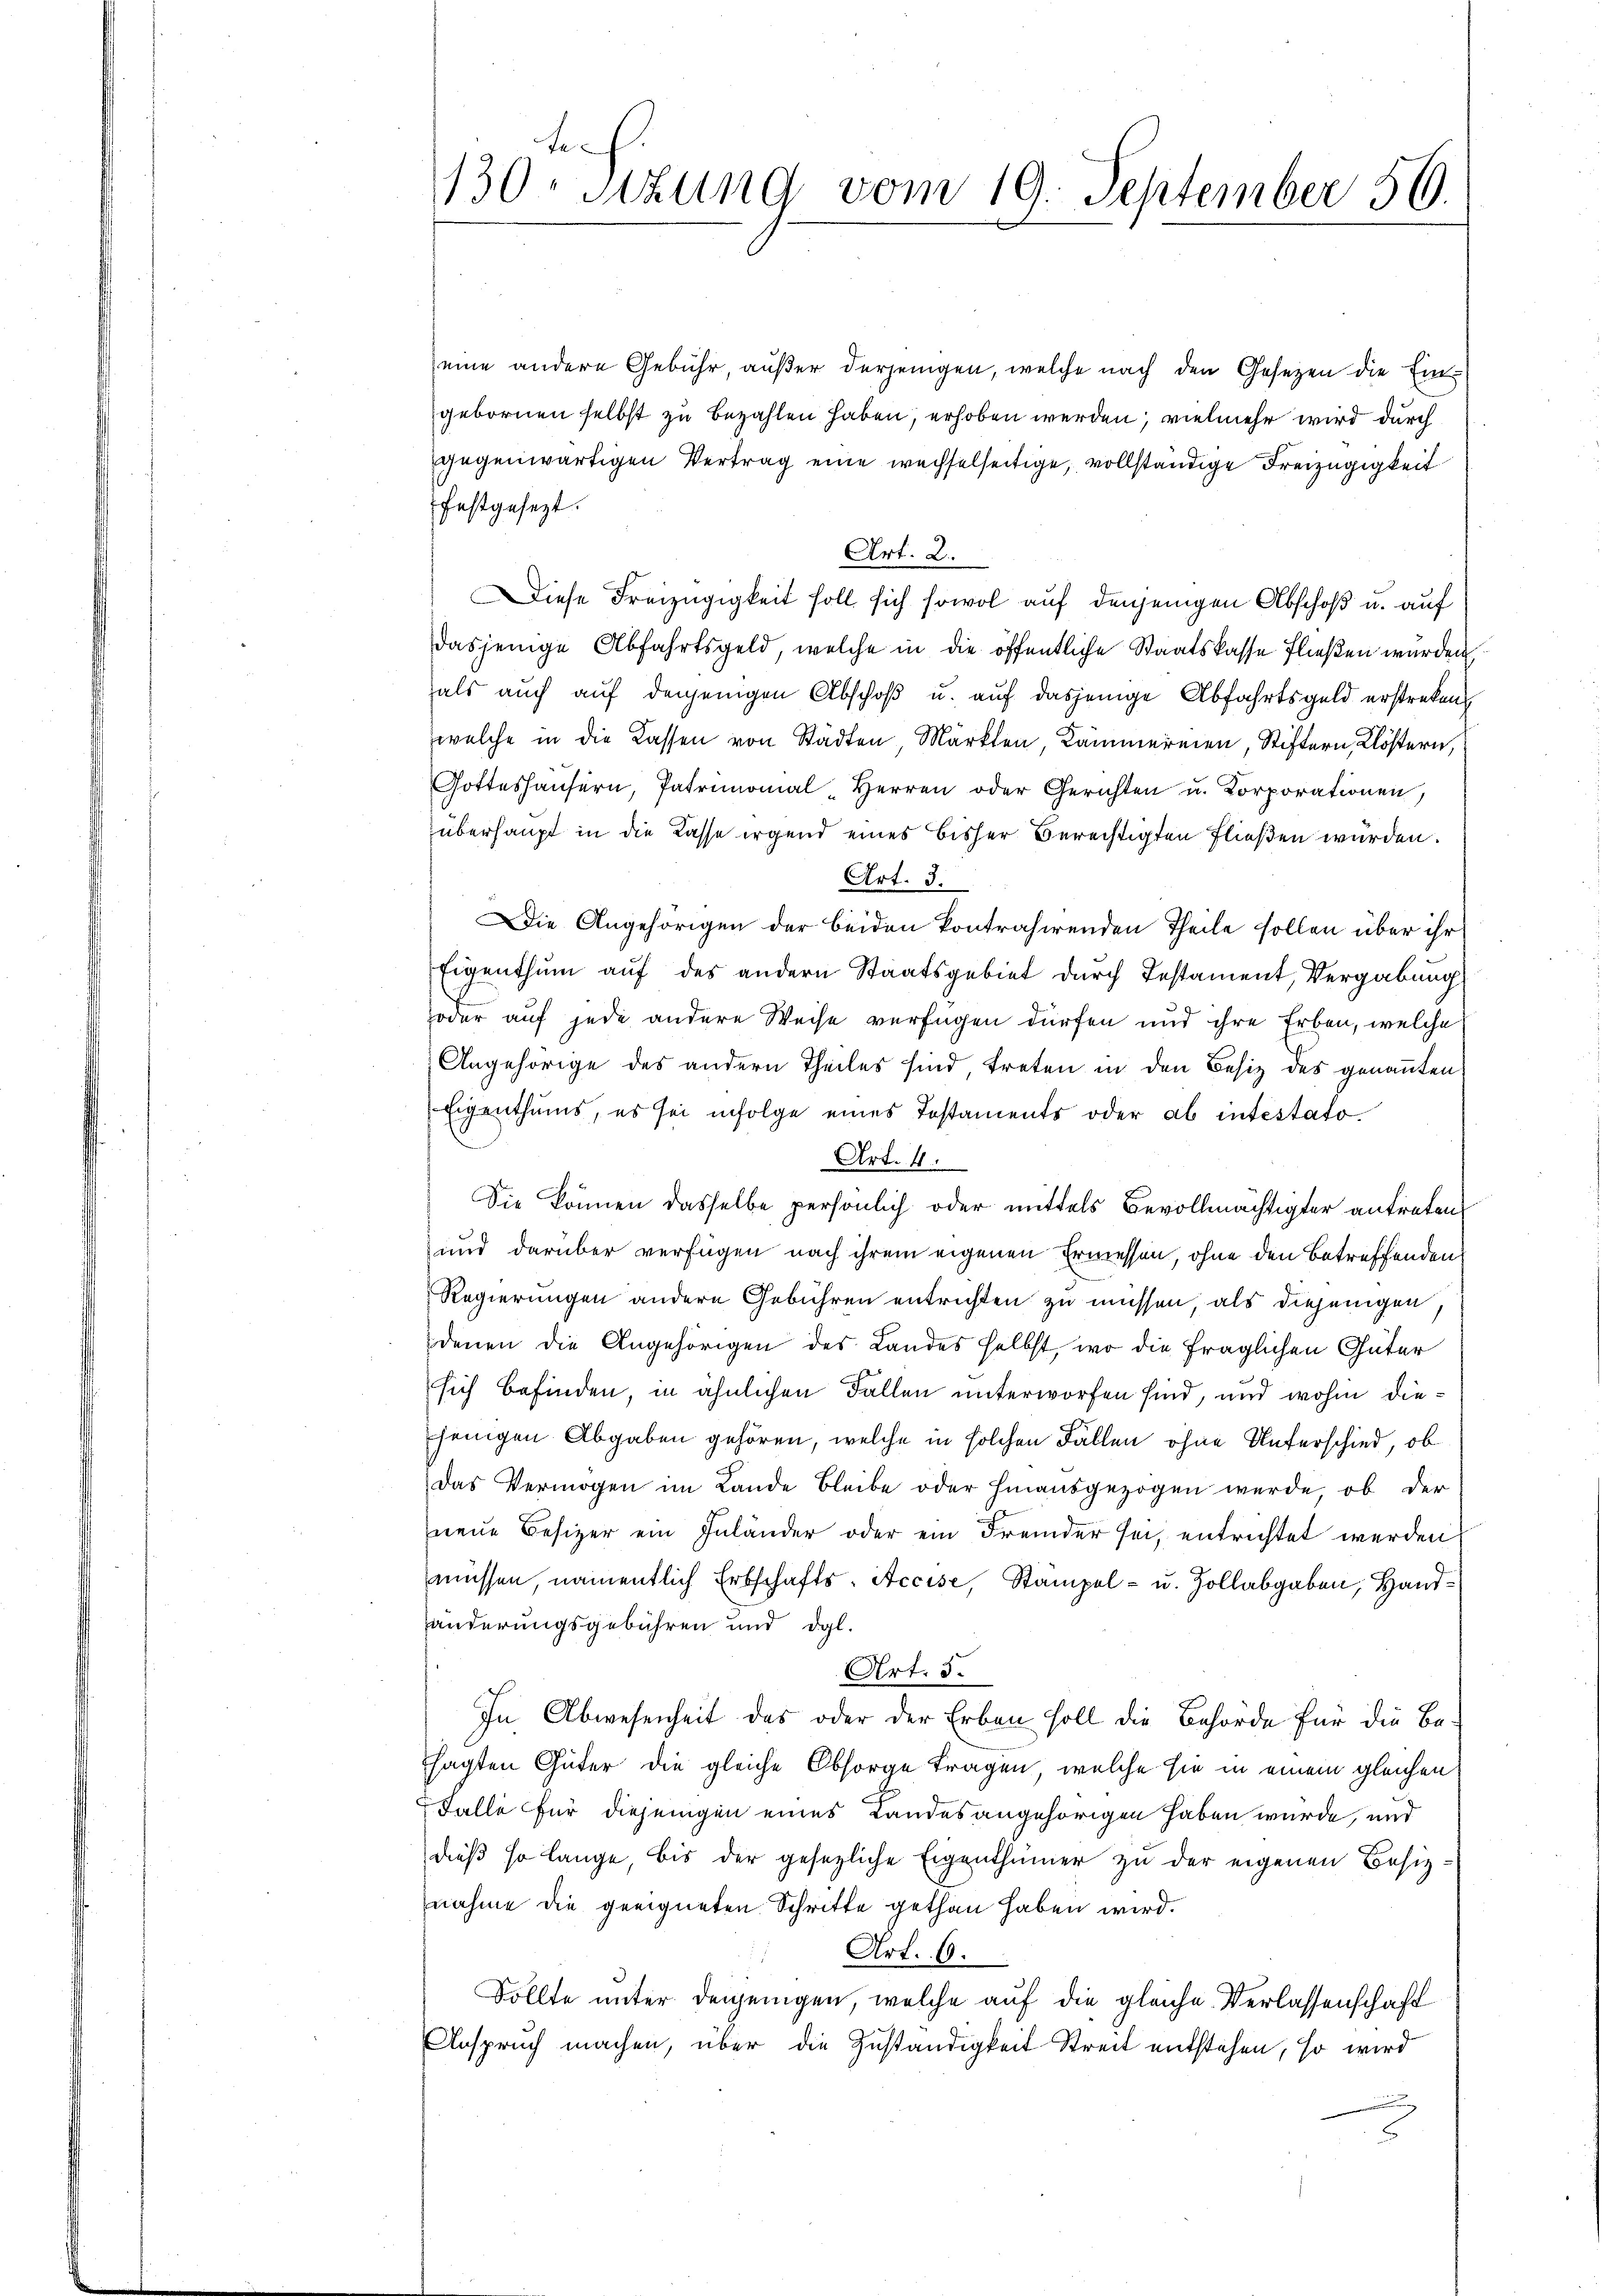
eine andere Gebühr, außer derjenigen, welche nach den Gesetzen die Eingebornen selbst zu bezahlen haben, erhoben werden; vielmehr wird durch
gegenwärtigen Vertrag eine wechselseitige, vollständige Freizügigkeit
festgesezt.
Art. 2.
Diese Freizügigkeit soll sich sowol auf denjenigen Abschoß u. auf
dasjenige Abfahrtsgeld, welche in die öffentliche Staatskasse fließen wurden
als auch auf denjenigen Abschoß u. auf dasjenige Abfahrtsgeld erstreken
welche in die Kassen von Städten, Märkten, Kämmereien Stiftern, Klöstern,
Gotteshäŭsern, Patrimonial-Herren oder Gerichten u. Korporationen,
überhaupt in die Kasse irgend eines bisher Berechtigten fließen würden.
Art. 3.
Die Angehörigen der beiden kontrahirenden Theile sollen über ihr
Eigenthum auf des andern Staatsgebiet durch Testament, Vergabung
Zoder auf jede andere Weise verfügen dürfen und ihre Erben, welche
Angehörige des andern Theiles sind treten in den Besiz des genannten
Eigenthums, es sei infolge eines Testaments oder ab intestato¬
Art. 4.
Sie können dasselbe persönlich oder mittels Bevollmächtigter antreten,
und darüber verfügen nach ihrem eigenen Ermessen, ohne den betreffenden,
Regierungen andern Gebühren entrichten zu müssen, als diejenigen,
denen die Angehörigen des Landes selbst, wo die fraglichen Güter
sich befinden, in ähnlichen Fallen unterworfen sind, und wohin diejenigen Abgaben gehören, welche in solchen Fällen ohne Unterschied, ob
Das Vermögen im Lande Bleibe oder hinausgezogen werde, ob der
neue Besizer ein Inländer oder ein Fremder sei, entrichtet werden
müssen, namentlich Erbschafts-Accise, Stämpel- u. Zollabgaben, Handänderungsgebühren und dgl.
Art. 3.
In Abwesenheit des oder der Erben soll die Behörde für die Besagten Güter die gleiche Obsorge tragen, welche sie in einem gleichen
Falle für diejenigen eines Landesangehörigen haben würde, und
dieß so lange, bis der gesezliche Eigenthümer zu der eigenen Besitznahme die geeigneten Schritte gethan haben wird.
Art. 6.
Sollte unter denjenigen, welche auf die gleiche Verlassenschaft
Anspruch machen, über die Zuständigkeit Streit entstehen, so wird

te
130. Sitzung vom 19. September 56.